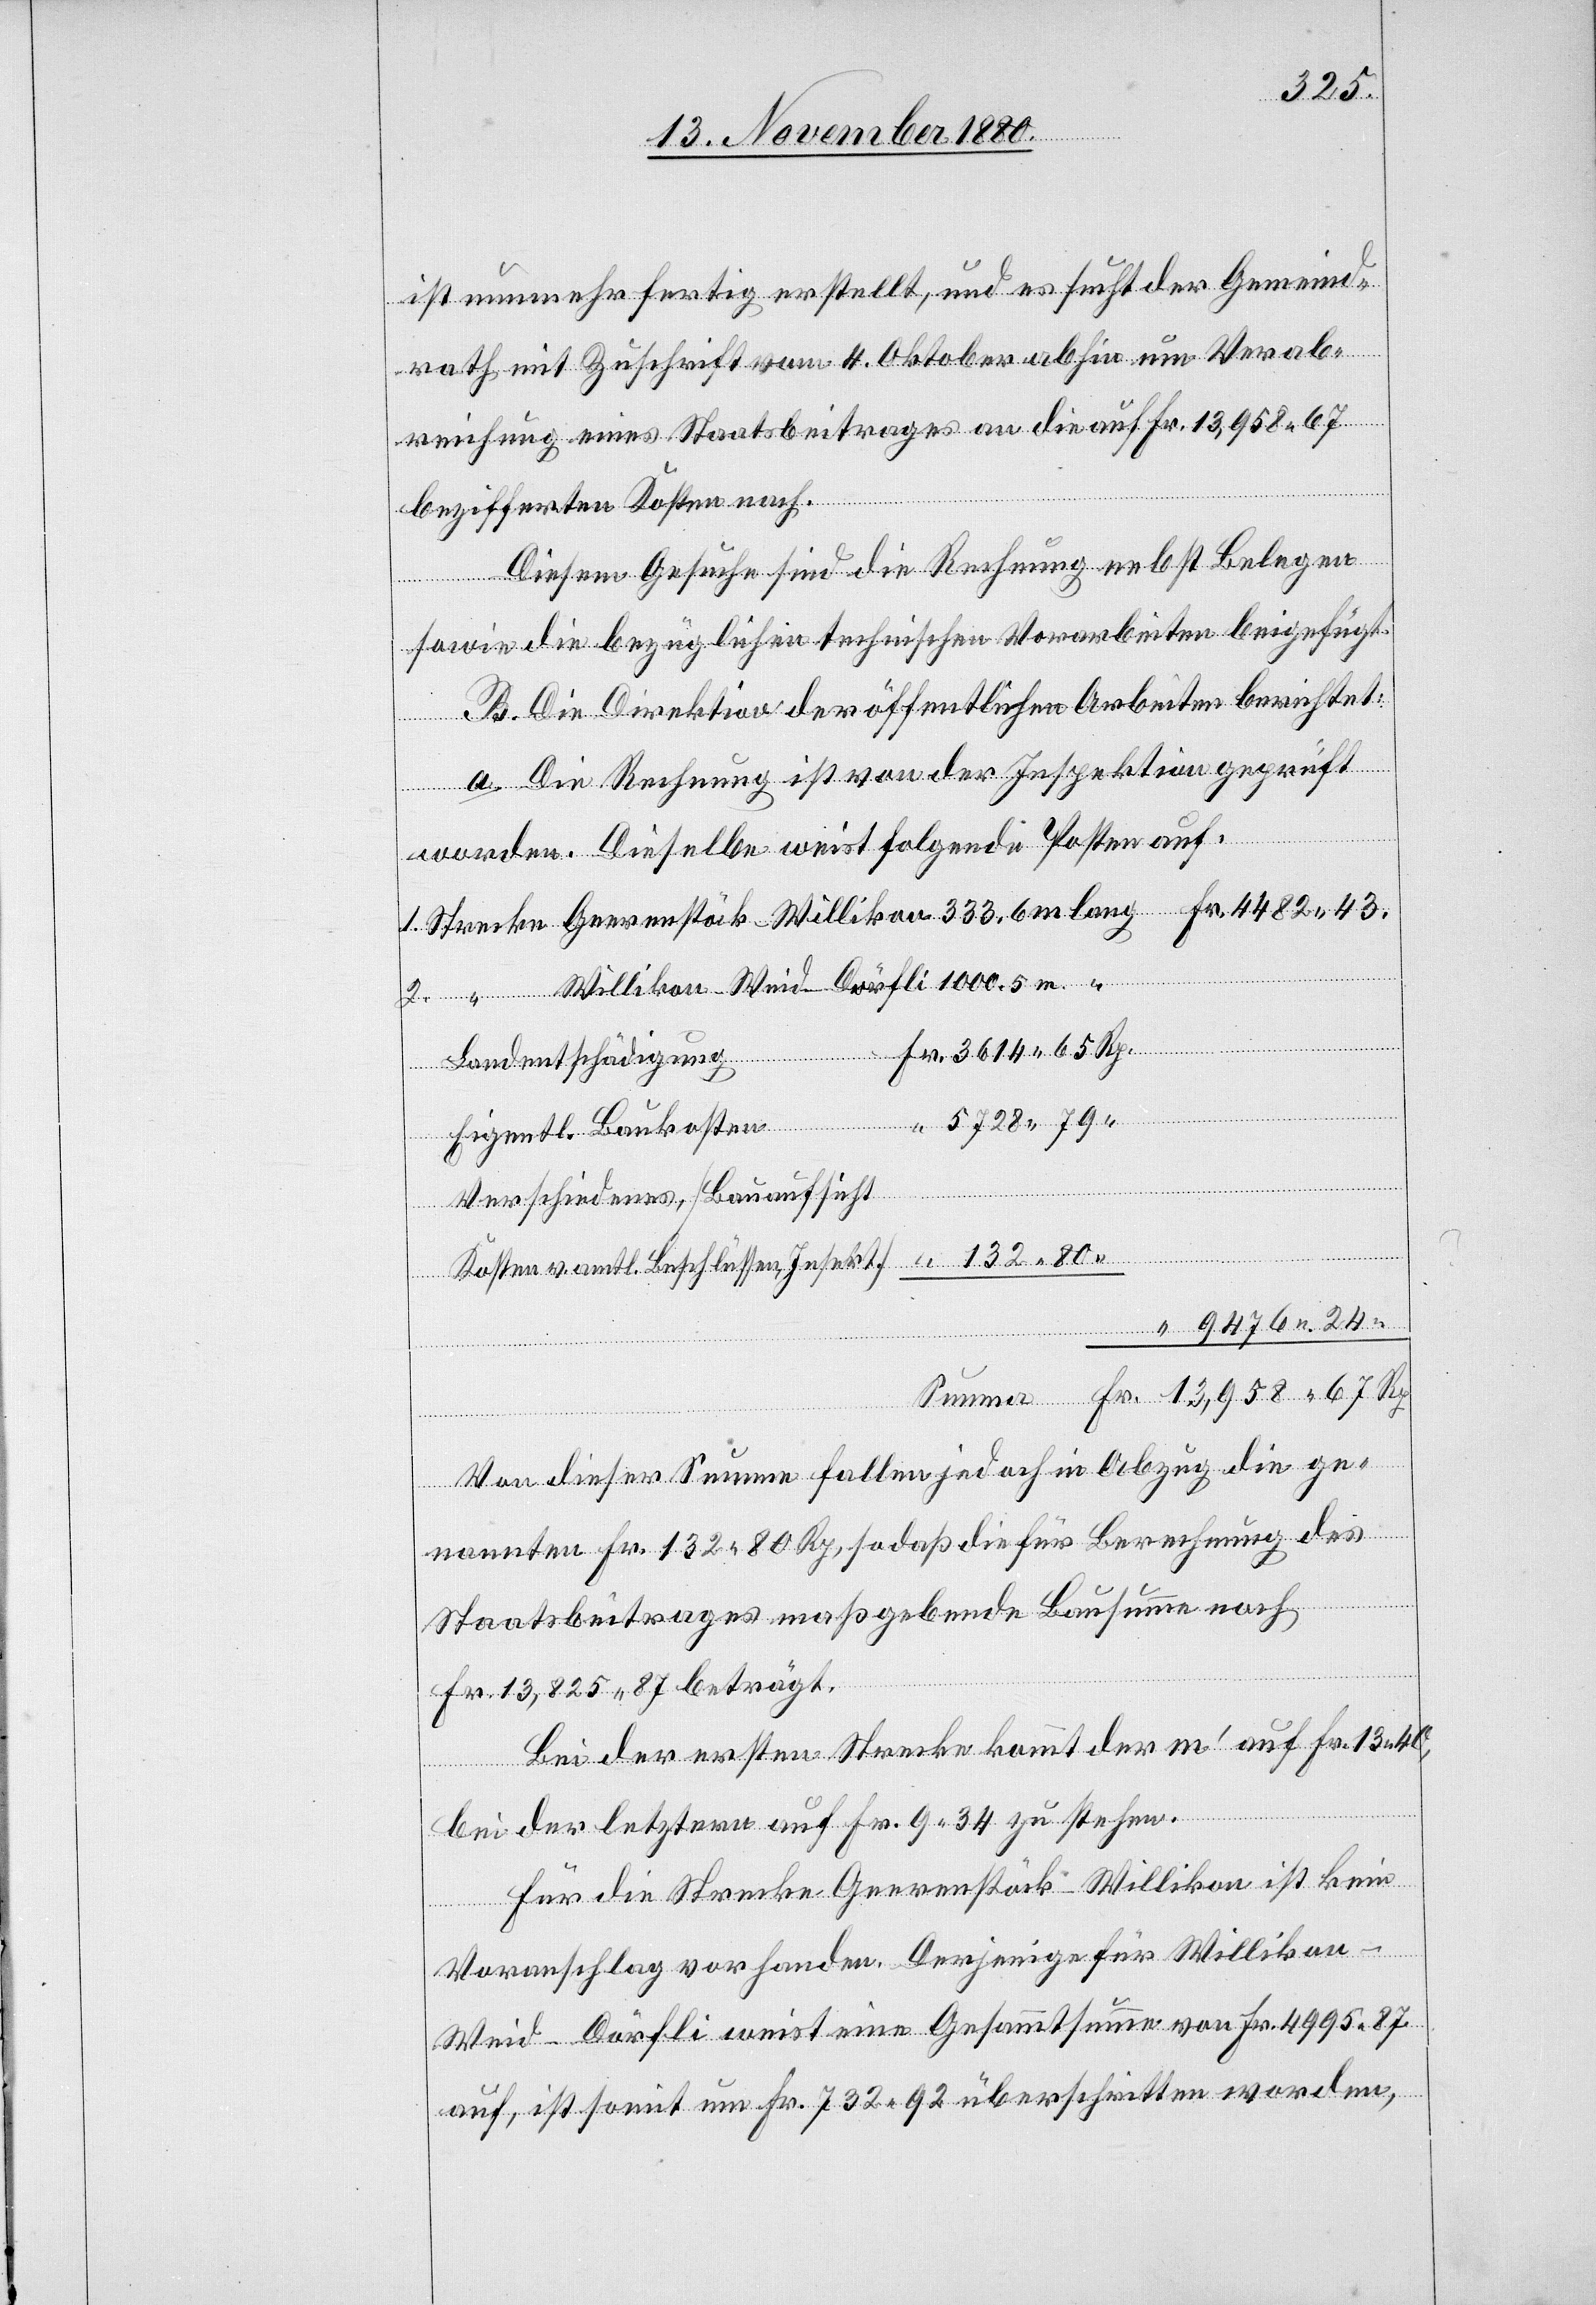
ist nunmehr fertig erstellt, und es sucht der Gemeind¬
rath mit Zuschrift vom 4. Oktober abhin um Verab¬
reichung eines Staatbeitrages an die auf Fr. 13,958 67
bezifferten Kosten nach.
Diesem Gesuche sind die Rechnung nebst Belegen
sowie die bezüglichen technischen Vorarbeiten beigefügt.
B. Die Direktion der öffentlichen Arbeiten berichtet:
a. Die Rechnung ist von der Inspektion geprüft
Summa
worden. Dieselbe weist folgende Posten auf.
Rp.
Willikon–Weid–Dörfli 1000,5 m
Eigentl. Baukosten
Verschiedenes, [Bauaufsicht
Von dieser Summe fallen jedoch in Abzug die ge¬
nannten Fr. 132 80 Rp., sodaß die für Berechnung des
Beschlüssen,
Staatsbeitrages maßgebende Bausumme noch
Fr. 13,825 87 beträgt.
Bei der ersten Strecke kommt der m‘ auf Fr. 13 40,
“
bei der letztern auf Fr. 9 34 zu stehen.
Für die Strecke Geerenstöck–Willikon ist kein
Fr.
Voranschlag vorhanden. Derjenige für Willikon–W¬
eid–Dörfli weist eine Gesammtsumme von Fr. 4995 87
auf, ist somit um Fr. 732 92 überschritten worden,